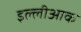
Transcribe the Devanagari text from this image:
इल्लीआक